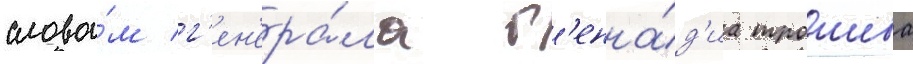
слова́м г'ен'ера́ла г'енна́д'иа трошева